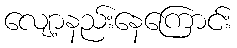
လျော့နည်းနေကြောင်း